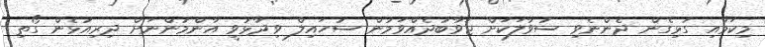
މިކަމާއި ގުޅިގެން ދެންނެވި ސުވާލަކަށް ޖަވާބުދެއްވަމުން ސުހައިލް ވިދާޅުވީ އާންމުންނަށް ދިރިއުޅެން ގޯތި